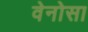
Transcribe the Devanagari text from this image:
वेनोसा